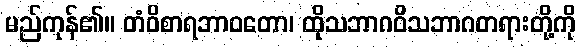
မည်ကုန်၏။ တံဝိစာရဘာဝတော၊ ထိုသဘာဂဝိသဘာဂတရားတို့ကို